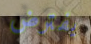
يفترض